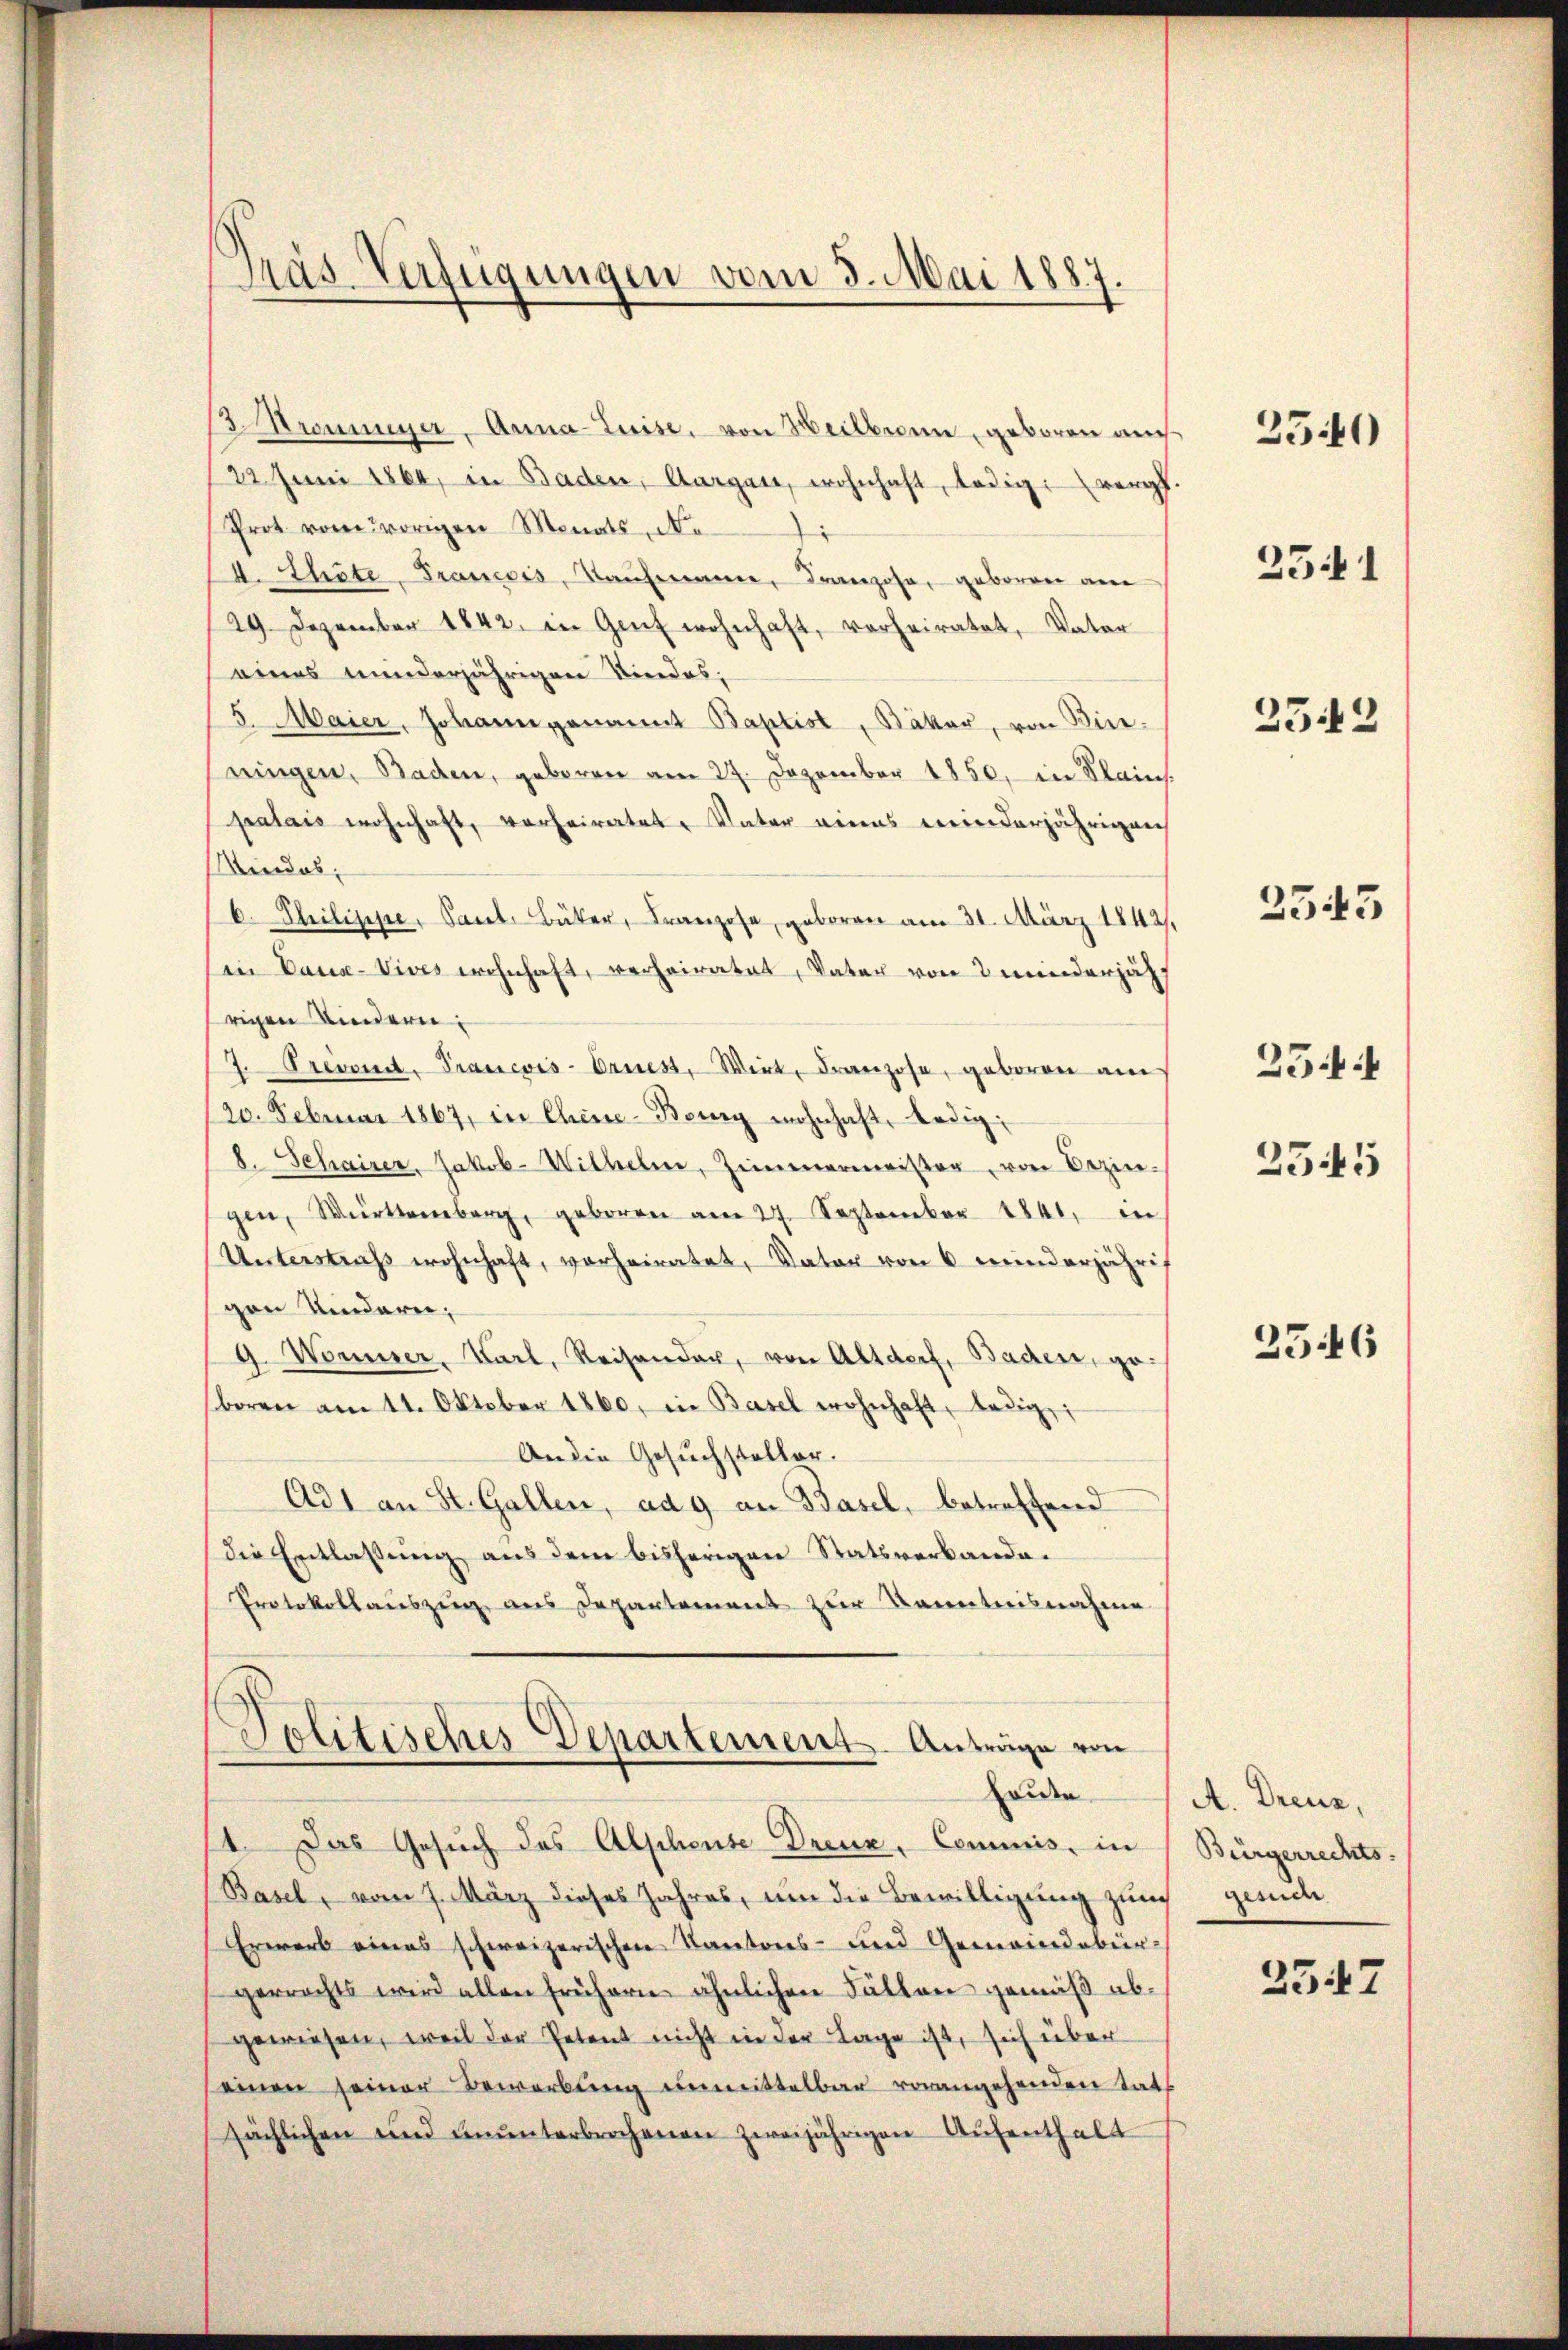
Gras Verfügungen vom 3. Mai 1887

3 Kronner, Anma-Luise, von Heilbronne, geboren auch
122 Juni 1864, in Baden, Aargau, wohnhaft, ledig vergl
Prot. vom vorigen Monats, No
A. Thiete Francois, Kaŭfmann, Franzose, geboren am
29. Dezember 1842. in Genf wohnhaft, verheiratet, Vater
eines minderjährigen Vindes;
5. Maier, Johann genannt Baptist, Bäker, von Bie-
ningen, Baden, geboren am 27. Dezember 1850, in Stein.
palais wohnhaft, vorheiratet, Vater eines meinderjährigen
Mindes,
b. Philippe, Paul Bäker, Franzose, geboren am 31. März 1842.
in Caus-Vives wohnhaft, verheiratet, Vater von 2 minderjähr
rigen Kindern:
7. Prevocat, Prancois-Ernest, Wirt, Franzose, geboren am
120. Februar 1867, in Chine-Berg wohnhaft, ledig
8. Schairer, Jakob Wilhelm, Zimmermeister von Bezin-
gen, Württemberg, geboren am 27. September 1841, in
Unterstraf wohnhaft, vorheiratet, Vater von 6 minderjähri
gen Kindern;
g. Womiser, Karl, Reisender, von Altdorf, Baden, geboren am 11. Oktober 1860, in Basel wohnhaft, ledig
An die Gesuchsteller.
Ad1 an St. Gallen, ad 9 an Basel, betreffend
die Entlassung aus dem bisherigen Statsverbande¬
Protokollauszug aus Departement zur Kenntnisnahme

Politisches Departement. Anträge von
Briden

1. Das Gesuch des Alphente Dreux, Commis, in
Basel, vom 7. März dieses Jahres, um die Bewilligung zum
Erwarb eines schweizerischen Kantons- und Gemeindebür-
gerrechts wird allen frühern ähnlichen Fällen gemäß abgewiesen, weil der Petent nicht in der Lage ist, sich über
einen seiner Bewerbung unmittelbar vorangehenden tats
sächlichen und ŭnŭnterbrochenen zweijährigen Aŭfenthalt

2540

2541

23.12

3343

25.

2545

2546

A. Dreuz,
Bürgerrechts-
gesider

2547